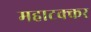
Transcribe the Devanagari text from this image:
महाटक्कर